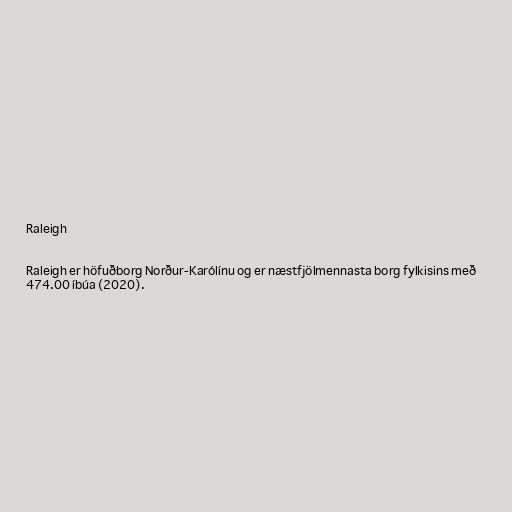
Raleigh

Raleigh er höfuðborg Norður-Karólínu og er næstfjölmennasta borg fylkisins með
474.00 íbúa (2020).